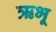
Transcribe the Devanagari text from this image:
ऋभू